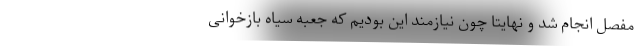
مفصل انجام شد و نهایتاً چون نیازمند این بودیم که جعبه سیاه بازخوانی